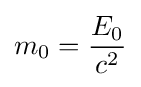
m_{0}={\frac {E_{0}}{c^{2}}}